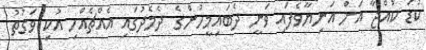
ކުޑަ ކުއްޖާ އަށް އަނިޔާވެފައި ވަނީ ދެބައިމީހުންގެ ދެމެދުގައި އެއްޗެއްހި އުކި ވަގުތު